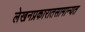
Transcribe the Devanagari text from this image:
लेखनप्रकारातसामान्यत